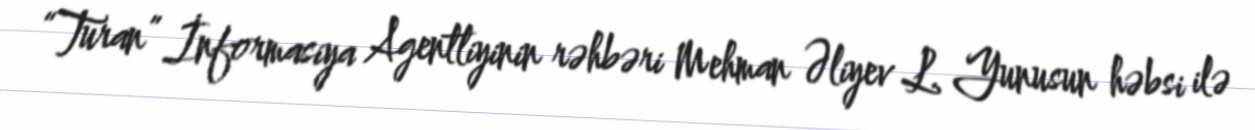
“Turan” İnformasiya Agentliyinin rəhbəri Mehman Əliyev L. Yunusun həbsi ilə